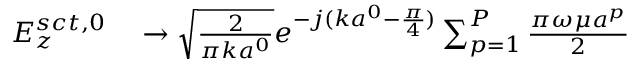
\begin{array} { r l } { E _ { z } ^ { s c t , 0 } } & { { } \rightarrow \sqrt { \frac { 2 } { \pi k a ^ { 0 } } } e ^ { - j ( k a ^ { 0 } - { \frac { \pi } { 4 } } ) } \sum _ { p = 1 } ^ { P } { \frac { \pi \omega \mu a ^ { p } } { 2 } } } \end{array}